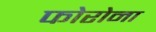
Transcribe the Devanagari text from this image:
फोरोना